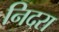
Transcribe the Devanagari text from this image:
निदरा